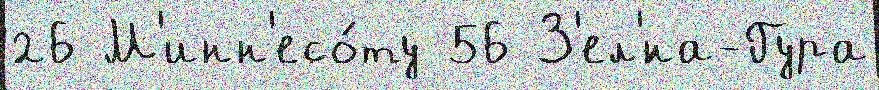
26 М'инн'есо́ту 56 З'ел'́на-Гура